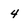
Character: 4